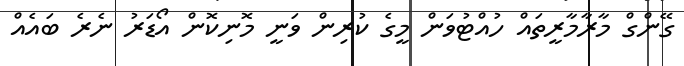
ގޭންގް މާރާމާރީތައް ހުއްޓުވަން މީގެ ކުރިން ވަނީ މޮނިކޮން އޯޑަރު ނެރެ ބައެއް